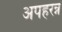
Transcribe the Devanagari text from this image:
अपहरन्न